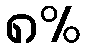
၈%